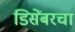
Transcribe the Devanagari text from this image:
डिसेंबरचा